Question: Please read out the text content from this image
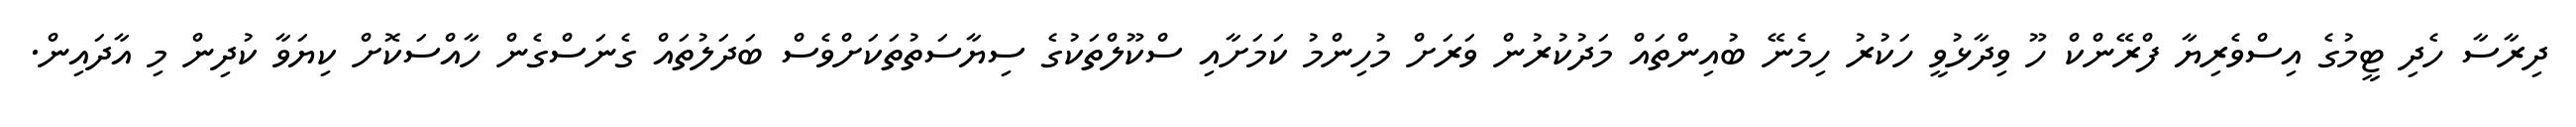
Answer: ދިރާސާ ހެދި ޓީމުގެ އިސްވެރިޔާ ފްރޭންކް ހޫ ވިދާޅުވީ ހަކުރު ހިމެނޭ ބުއިންތައް މަދުކުރުން ވަރަށް މުހިންމު ކަމަށާއި ސްކޫލްތަކުގެ ސިޔާސަތުތަކަށްވެސް ބަދަލުތައް ގެނަސްގެން ހާއްސަކޮށް ކިޔަވާ ކުދިން މި އާދައިން.